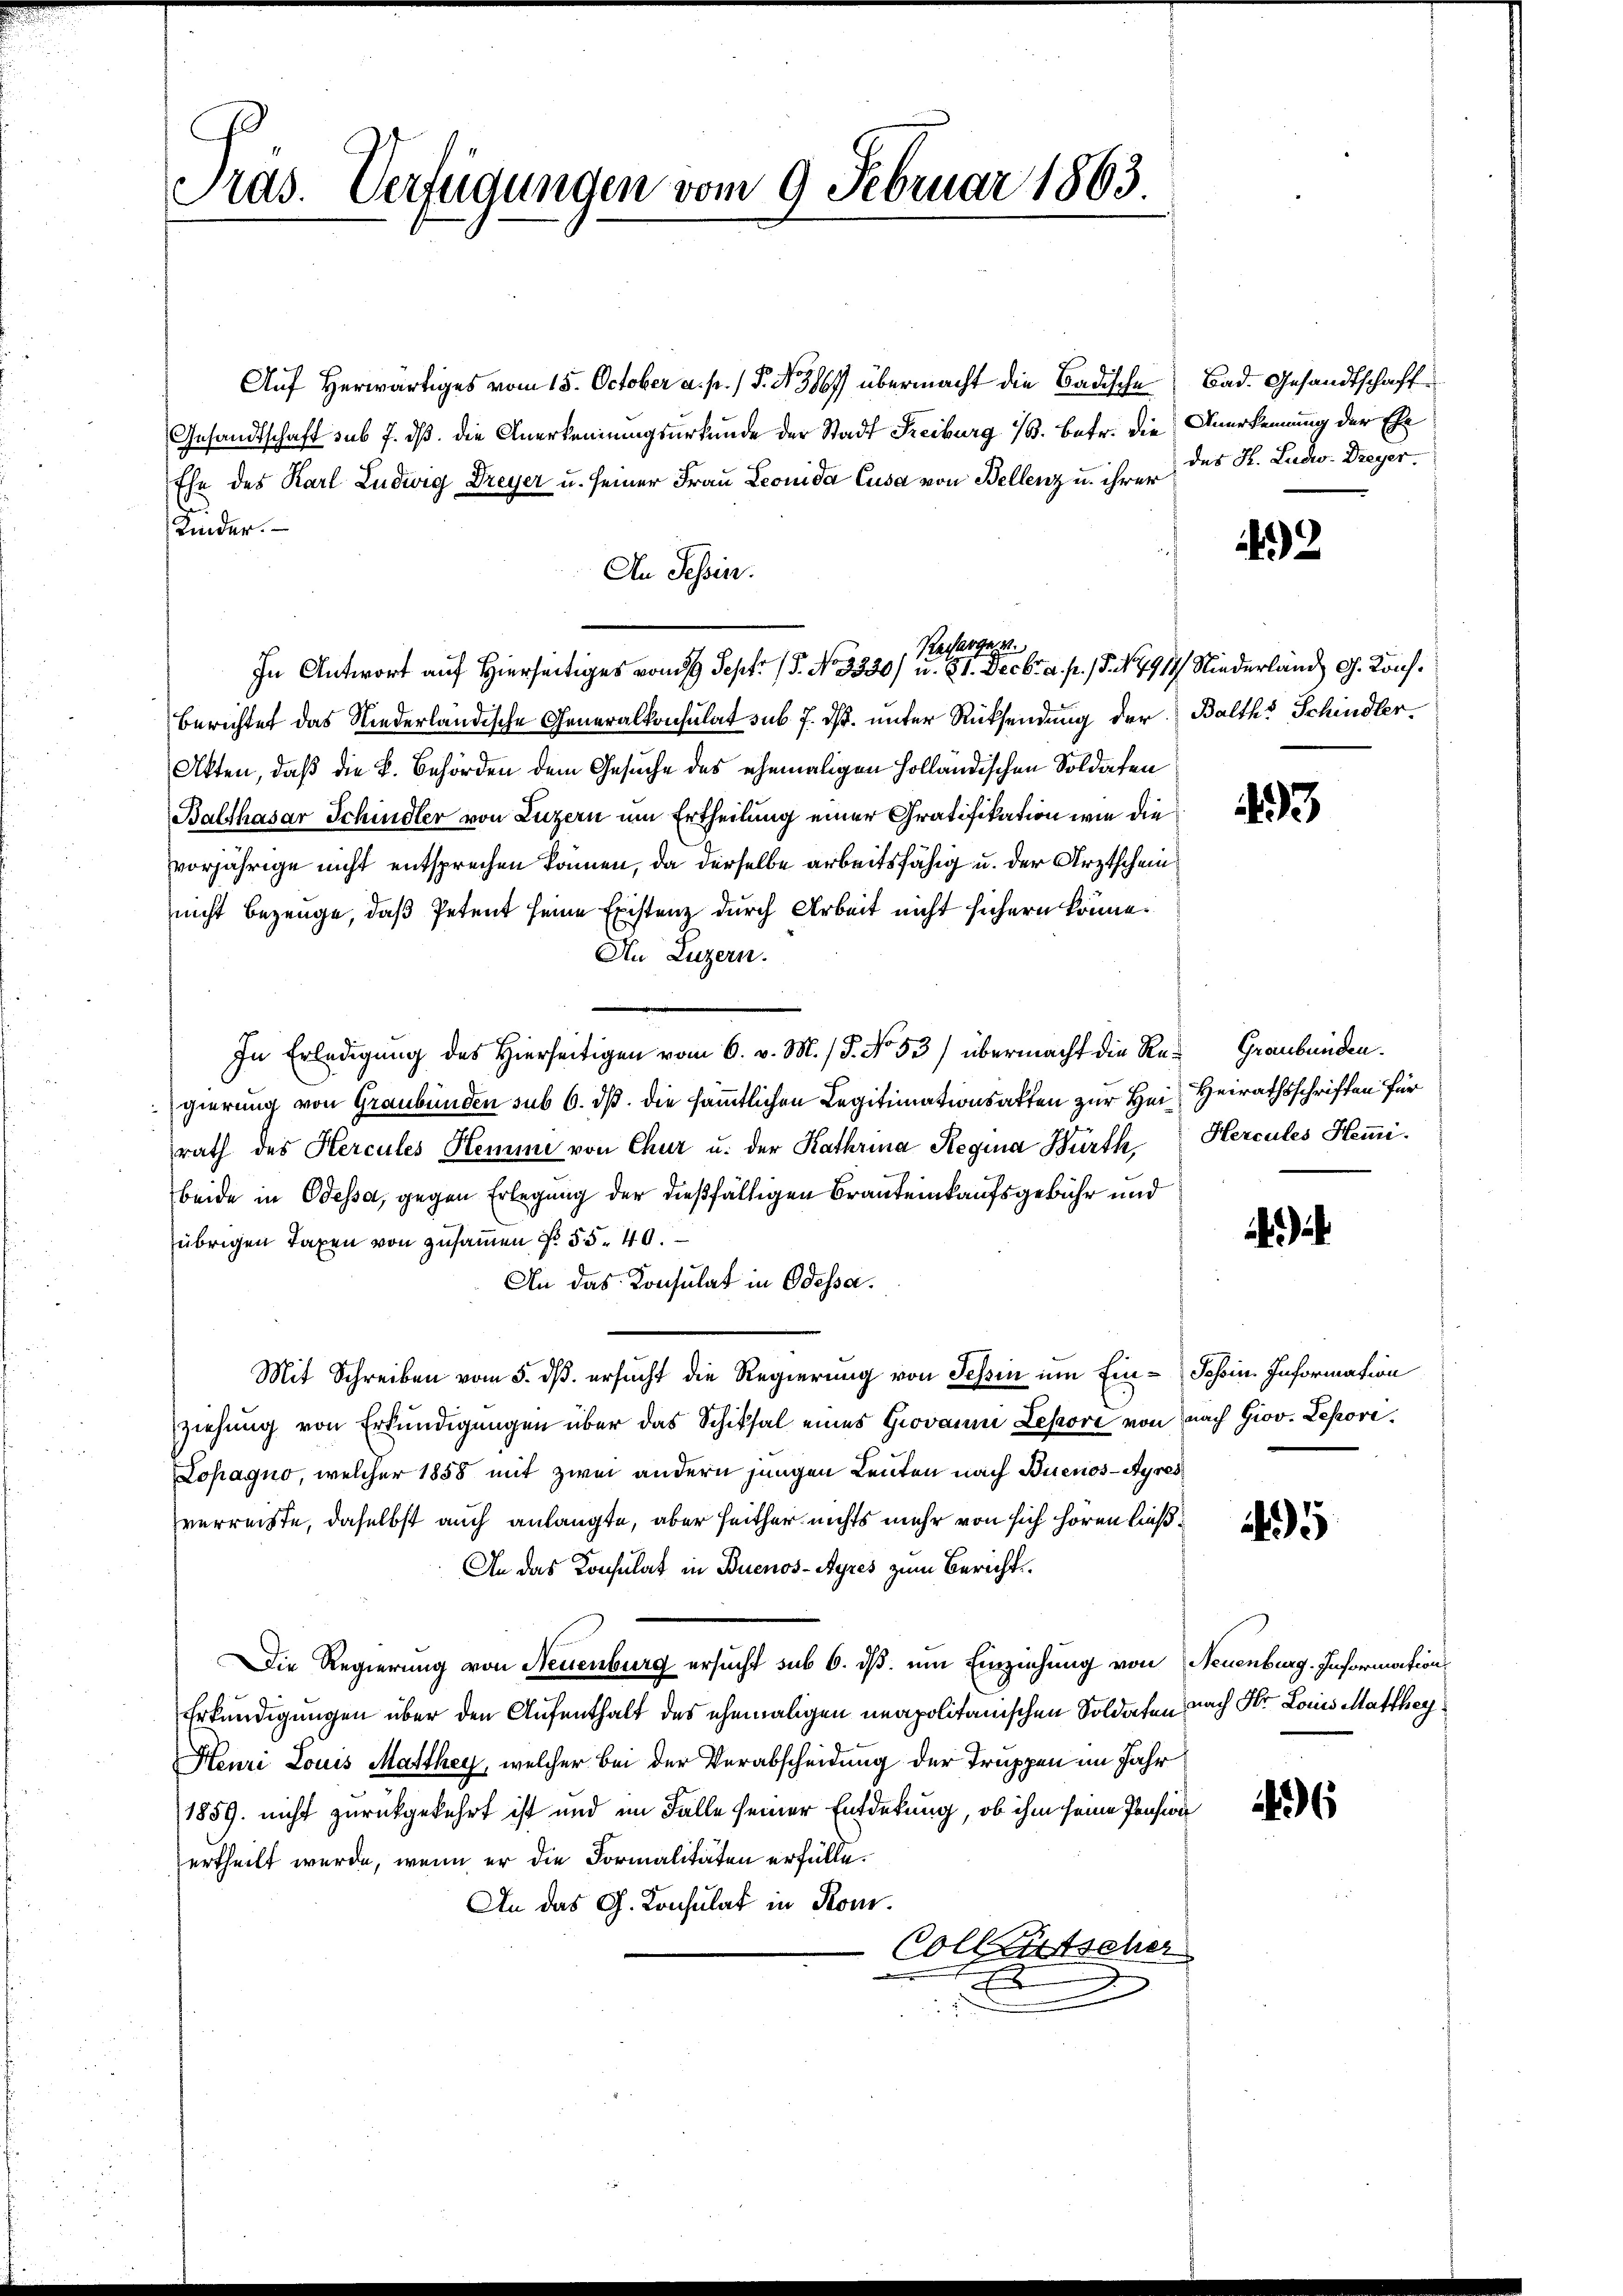
Pras. Verfügungen vom 9. Februar 1863.

Auf Herwärtiges vom 15. October a. p. / P. Nr. 3167) übermacht die Badische Bad. Gesandtschaft
Gesandtschaft sub 7. dß die Anerkennungsurkunde der Stadt Freiburg 13. betr. die Anerkennung der Ehe
Ehe des Karl Ludwig Dreyer u. seiner Frau Leonida Cusa von Bellenz u. ihrer
u
Kinder.
An Tessin.
Berichtet das Niederländische Generalkonsulat sub 7. ds. unter Rücksendung der Balth. Schindler.
Akten, daß die B. Behörden dem Gesuche des ehemaligen Holländischen Soldaten
Balthasar Schindler von Luzern um Ertheilung einer Gratifikation wie die
vorjährige nicht entsprechen können, da derselbe arbeitsfähig u. der Arztschein
nicht bezeuge, daß Petent seine Existenz durch Arbeit nicht sichern könne.
An Luzern.
In Erledigung des Hierseitigen vom 6. v. M. / 5. No 53) übermacht die Re- Graubünden.
gierung von Graubünden sub 6. dß. die sämmtlichen Legitimationsakten zur Hei Heirathsschriften für
rath des Hercules Hemme von Chur u. der Kathrina Regina Würth Hercules Hemi-
beide in Odessa, gegen Erlegung der dießfälligen Brauteinkaufsgebühr und
übrigen Taxen von zusammen No. 55. 40.
An das Konsulat in Odessa.
Mit Schreiben vom 5. ds. ersucht die Regierung von Tessin um Ein-Schin Information
ziehung von Erkundigungen über das Schiksal eines Giovan Lepore von nach Giov. Lepori¬
Lohagno, welcher 1858 mit zwei andern jungen Leuten nach Buenos-Ayres
verreiste, daselbst auch anlangte, aber seither nichts mehr von sich hören ließ¬
An das Konsulat in Buenos-Ayres zum Bericht
Die Regierung von Neuenburg ersucht sub 6. ds. um Einziehung von Neuenburg. Information
Erkundigungen über den Aufenthalt des ehemaligen unapolitanischen Soldaten nach Hr. Louis Matthey¬
Henri Louis Marthey, welcher bei der Verabscheidung der Truppen im Jahr
1859. nicht zurückgekehrt ist und im Falle seiner Entdekung, ob ihm seine Pension
ertheilt wurde, wenn er die Formalitäten erfülle.
An das G. Consulat in Kom¬
Collentscher
d

Rechargese
In Antwort auf Hierses von Sept No. 3330) u. 31. Decbr. a. p. (S. 4914 Niederland G. Kons.

des H. Ludw. Dreyer.

2

493

)

5

6